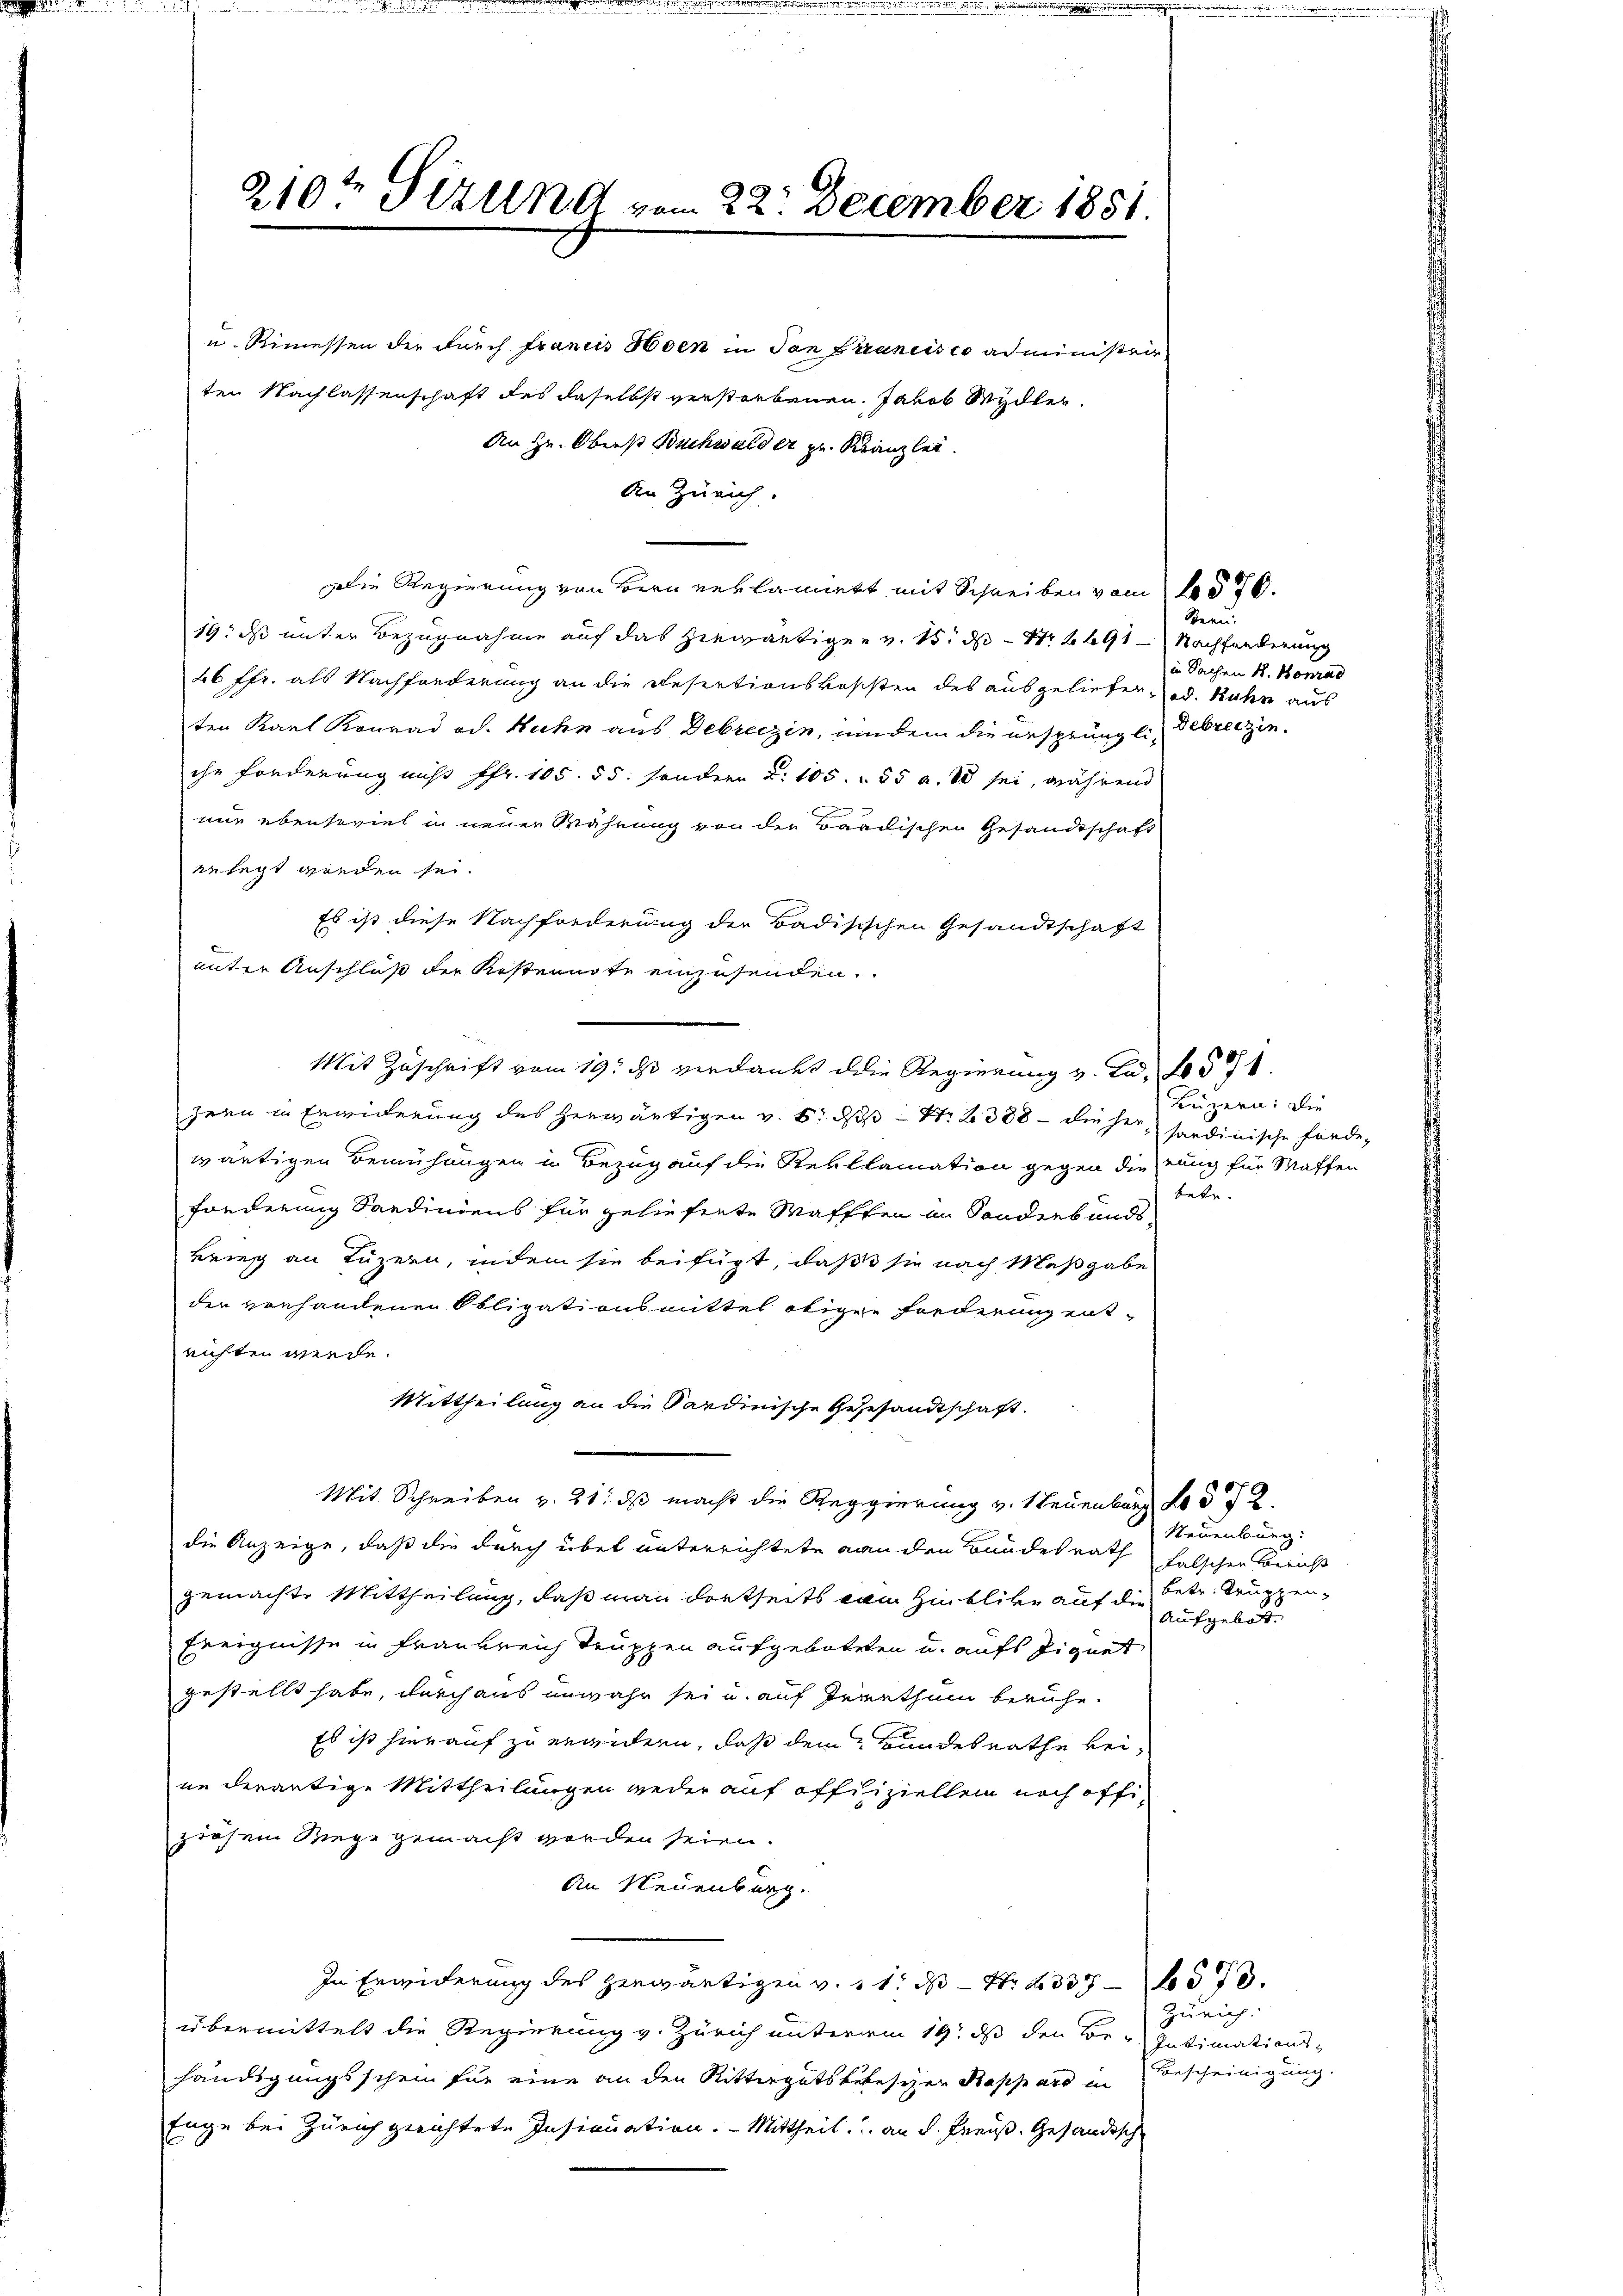
u. Rimessen der durch francis Hoen in San Francisco administerr
ten Nachlassenschaft des daselbst verstorbenen. Jakob Wydler.
An Hr. Oberst Buchwald er zu. Kranzlei.
An Zürich
Die Regierung von Bern reklamiert mit Schreiben vom 20. 70.
19. ds unter Bezugnahme auf das hiewärtigen v. 15. ds Nr. 2691 - Nachforderung
26 ffr. als Nachforderung an die Resectionskosisten des ausgeliefer od. Kuhn aus
ten Karl Konrad od. Kuhn aus Debreczin, mindem die ursprüngli, Gebreczin.
ihr Forderung nicht fr. 105. 55: sondern d. 105. 55 a. 80 sei, während
mie ebensoviel in neuen Wahrung von der Baadischen Gesandtschaft
gelegt werden sei.
Es ist diese Nachforderung der Badisischen Gesandtschaft
unter Anschluß der Restennote einzusenden.
Mit Zuschrift vom 19. ds verdankt die Regierung v. u. 571.
zern in Erwiderung des herwärtigen v. 5. dß - No. 2. 388 - die her, sardinische fande,
wärtigen Bemühungen in Bezug auf die Reklamation gegen die rung für Waffen
Forderung Sardindens für gelieferte Waffen im Sonderbandskrieg an Luzern, indem sie beifügt, daß sie nach Maßgabe
der vorhandenen Obligationsmittel otigen Forderung ent-
richten werde.
Mittheilung an die Sardinische Gesesandtschaft.
Mit Schreiben v. 21. ds macht die Reggierung v. Neuenburg No 5 § 2
die Anzeige, daß die durch über unterrichtete an den Bundesrath falschen Bericht
gemachte Mittheilung, daß man dortseits vom Hinblicke auf die Betr. Truppen¬
Ereignisse in Frankreich Truppen aufgeboteten u. aufs Eignet
gestellt habe, durchaus unwahr sei u. auf Irrthum beruhe.
Es ist hierauf zu ergieen, daß dem Bundesrathe keine derartige Mittheilungen wieder auf offiziellen noch offiziösem Wege gemacht worden seien.
An Neuenburg.
In Erwiderung des herwärtigen v. 11. ds Nr. 233573.
übermittelt die Regierung v. Zürich unterem 19. ds den Be- Intimationshändigungsschein für eine an den Rittergatslebeschen Rappard in
Tage bei Zürich gerichtete Insinuation. Mittheil, u. an d. Freuß. Gesandtsch

210te Sirung vom 22. December 1851.

Seren.
in Sachen k. Konrad

Luzern: Die
betr.

Neuenburg:
Aufgebot.

Zürich.
Bescheinigung.